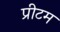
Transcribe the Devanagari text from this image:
प्रीटम